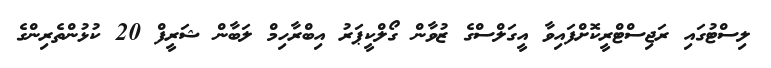
ލިސްޓުގައި ރަޖިސްޓްރީކޮށްފައިވާ އީގަލްސްގެ ޒުވާން ގޯލްކީޕަރު އިބްރާހިމް ލަބާން ޝަރީފް 20 ކުޅުންތެރިންގެ